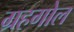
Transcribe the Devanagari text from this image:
ग्रहगोल